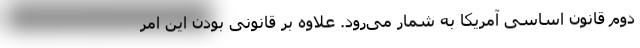
دوم قانون اساسی آمریکا به شمار می‌رود. علاوه بر قانونی بودن این امر